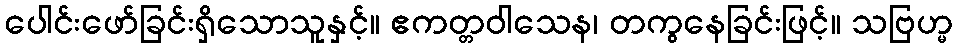
ပေါင်းဖော်ခြင်းရှိသောသူနှင့်။ ဧကတ္တဝါသေန၊ တကွနေခြင်းဖြင့်။ သဗြဟ္မ